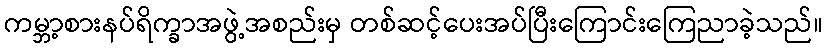
ကမ္ဘာ့စားနပ်ရိက္ခာအဖွဲ့အစည်းမှ တစ်ဆင့်ပေးအပ်ပြီးကြောင်းကြေညာခဲ့သည်။